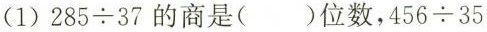
(1) $$2 8 5 \div 3 7$$ 的商是( )位数， $$4 5 6 \div 3 5$$